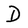
Character: D